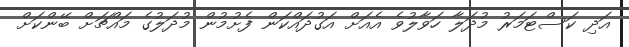
އަދި ކަސްޓަމަރު މުދަލާ ހަވާލުވެ އެއަށް އަގުދައްކަން ފެށުމުން މުދަލުގެ މައްޗަށް ބޭންކަށް